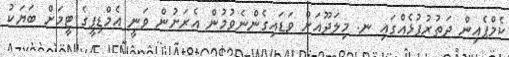
ކެމްޕެއިން ދަތުރުފުޅެއްގައި ނ. މިލަދޫއަށް ވަޑައިގެންނެވުމުން އެރަށުން ވަނީ އެމްޑިޕީގެ ޓީމަށް ބަޔަކު